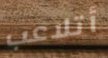
أتلاعب